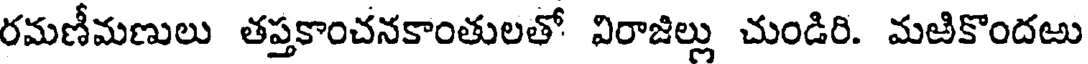
రమణీమణులు తప్తకాంచనకాంతులతో విరాజిల్లు చుండిరి. మఱికొందఱు